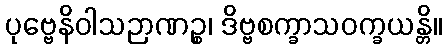
ပုဗ္ဗေနိဝါသဉာဏဉ္စ၊ ဒိဗ္ဗစက္ခာသဝက္ခယန္တိ။